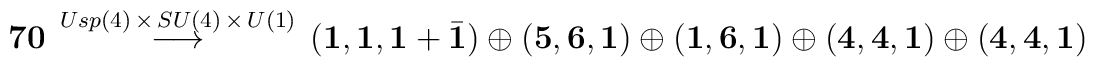
{\bf 70} \, \stackrel{Usp(4) \, \times \, SU(4) \, \times\, U(1)}{\longrightarrow}\, \left( {\bf 1},{\bf 1},{\bf 1}+{\bar {\bf 1}}\right) \, \oplus\, \left({\bf 5},{\bf 6}, {\bf 1} \right) \, \oplus \,\left( {\bf 1},{\bf 6},{\bf 1} \right) \, \oplus \,\left( {\bf 4} ,{\bf 4}, {\bf 1}\right) \, \oplus \,\left( {\bf 4},{\bf 4},{\bf 1} \right)